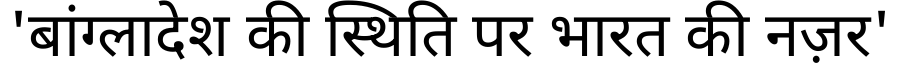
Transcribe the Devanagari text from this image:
'बांग्लादेश की स्थिति पर भारत की नज़र'